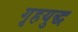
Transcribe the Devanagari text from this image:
गृहयुद्ध